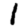
Digit: 1